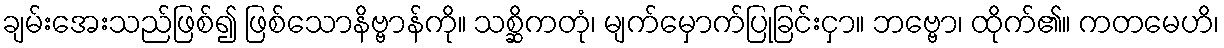
ချမ်းအေးသည်ဖြစ်၍ ဖြစ်သောနိဗ္ဗာန်ကို။ သစ္ဆိကတုံ၊ မျက်မှောက်ပြုခြင်းငှာ။ ဘဗ္ဗော၊ ထိုက်၏။ ကတမေဟိ၊